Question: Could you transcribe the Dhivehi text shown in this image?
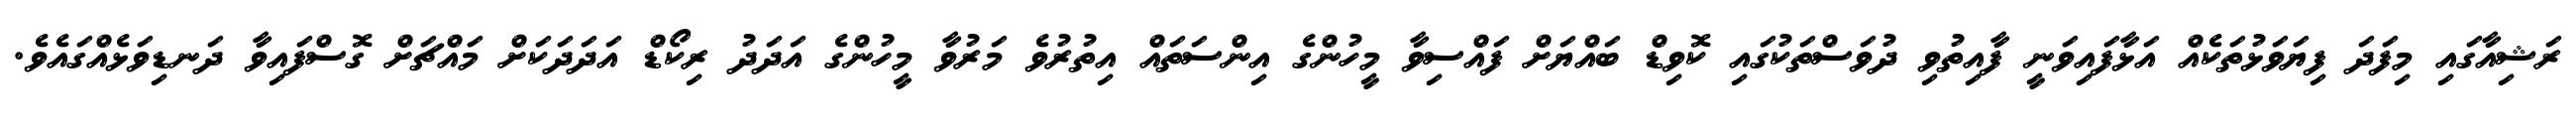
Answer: ރަޝިއާގައި މިފަދަ ފިޔަވަޅުތަކެއް އަޅާފައިވަނީ ފާއިތުވި ދުވަސްތަކުގައި ކޮވިޑް ބައްޔަށް ފައްސިވާ މީހުންގެ އިންސަތައް އިތުރުވެ މަރުވާ މީހުންގެ އަދަދު ރިކޯޑް އަދަދަކަށް މައްޗަށް ގޮސްފައިވާ ދަނޑިވަޅެއްގައެވެ.